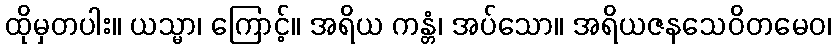
ထိုမှတပါး။ ယသ္မာ၊ ကြောင့်။ အရိယ ကန္တံ၊ အပ်သော။ အရိယဇနသေဝိတမေဝ၊